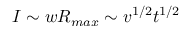
I \sim w R _ { m a x } \sim v ^ { 1 / 2 } t ^ { 1 / 2 }